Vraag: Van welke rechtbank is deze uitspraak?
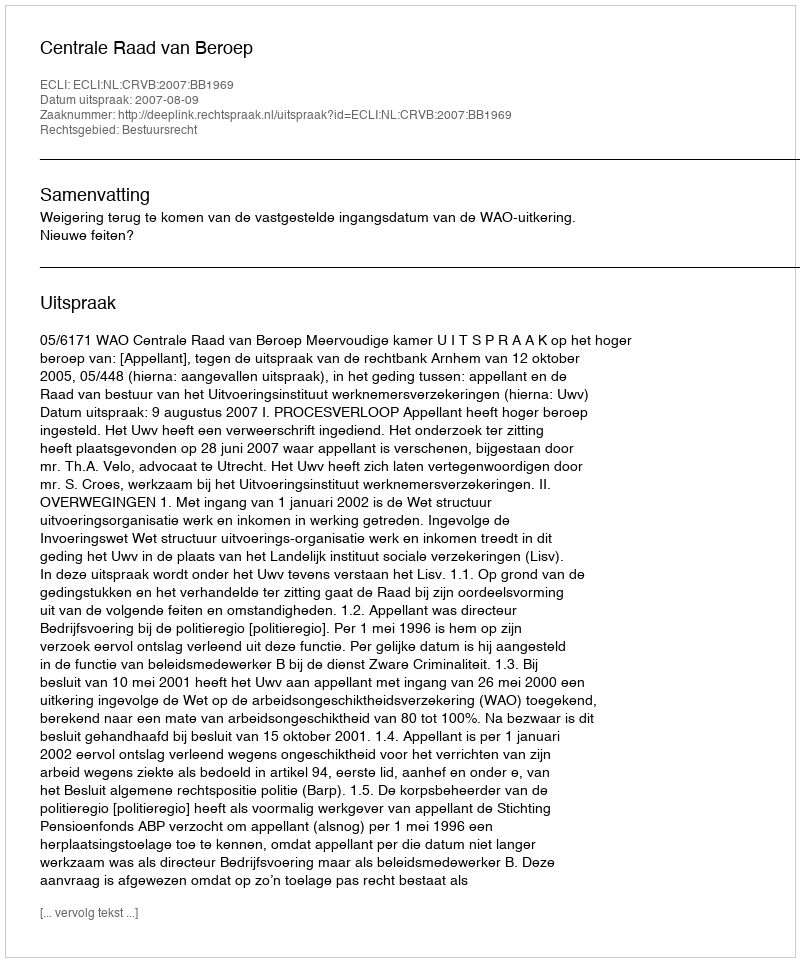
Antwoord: Centrale Raad van Beroep